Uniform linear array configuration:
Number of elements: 8
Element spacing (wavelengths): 0.5
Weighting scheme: kaiser
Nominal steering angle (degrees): -30
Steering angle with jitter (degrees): -28.444
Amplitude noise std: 0.05
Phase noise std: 0.05

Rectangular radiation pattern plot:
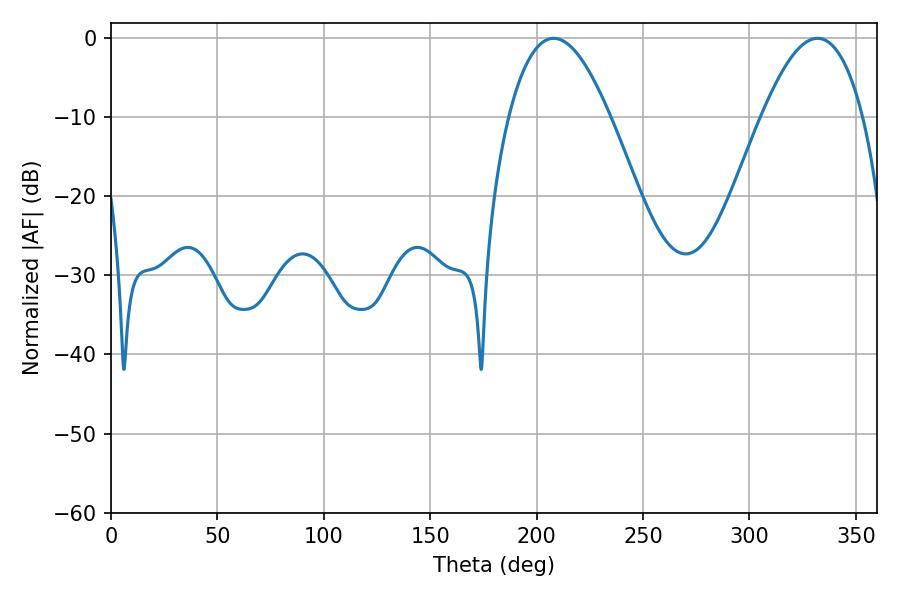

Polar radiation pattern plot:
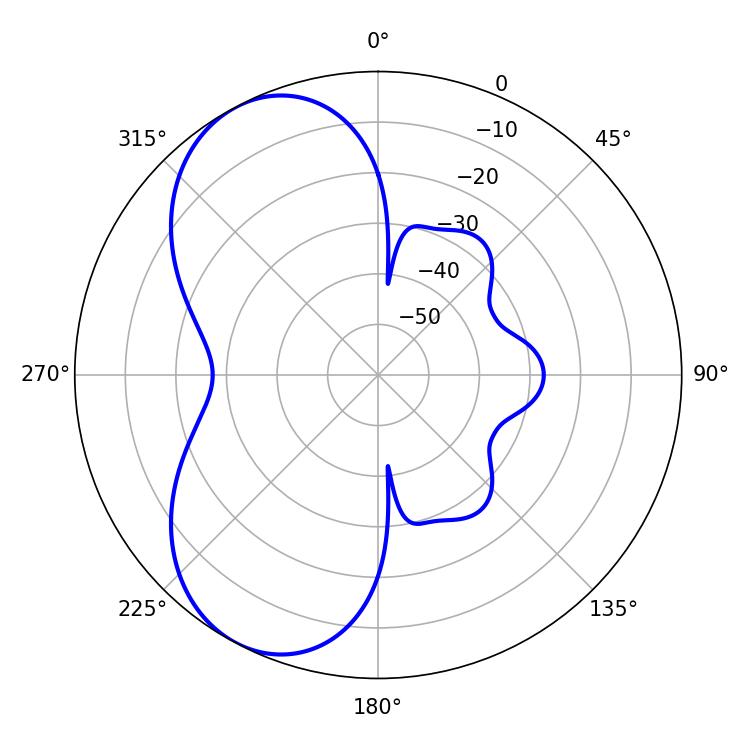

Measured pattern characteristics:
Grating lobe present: FALSE
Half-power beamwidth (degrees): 25.92
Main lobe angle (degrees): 208.08